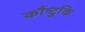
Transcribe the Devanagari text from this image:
कौंष्टुकि